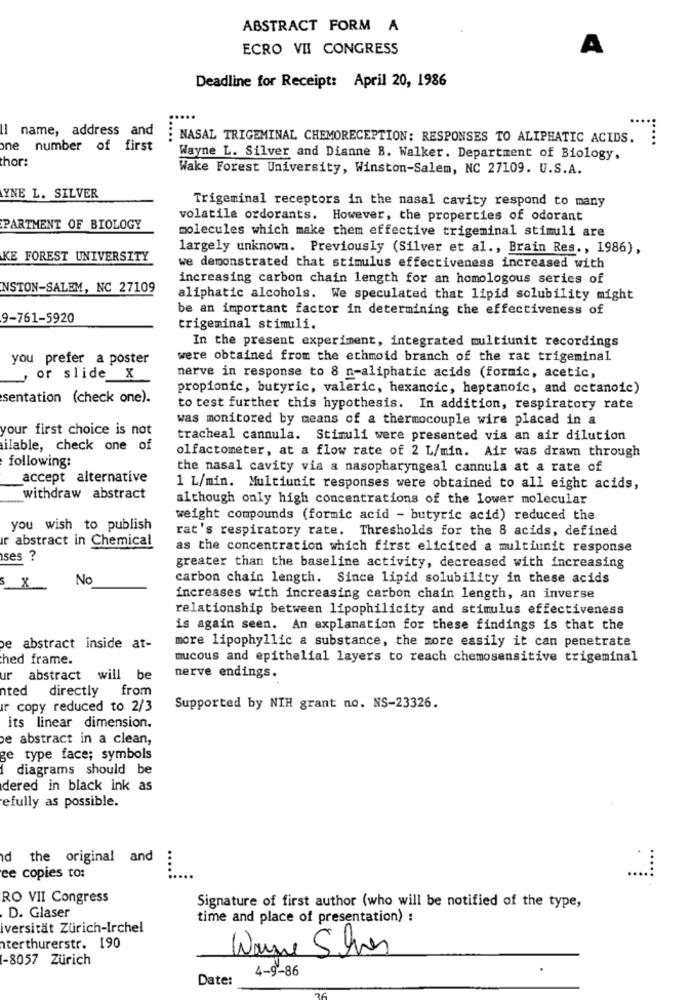
ABSTRACT FORM A
ECRO VII CONGRESS
A
Deadline for Receipt: April 20, 1986
I name, address and
NASAL TRIGEMINAL CHEMORECEPTION: RESPONSES TO ALIPHATIC ACIDS.
....
one number of first
thor:
Wayne L. Silver and Dianne B. Walker. Department of Biology,
Wake Forest University, Winston-Salem, NC 27109. U.S.A.
YNE L. SILVER
Trigeminal receptors in the nasal cavity respond to many
volatile ordorants. However, the properties of odorant
PARTMENT OF BIOLOGY
molecules which make them effective trigeminal stimuli are
largely unknown. Previously (Silver et al ., Brain Res ., 1986),
KE FOREST UNIVERSITY
we demonstrated that stimulus effectiveness increased with
increasing carbon chain length for an homologous series of
NSTON-SALEM, NC 27109
aliphatic alcohols. We speculated that lipid solubility might
be an important factor in determining the effectiveness of
9-761-5920
trigeminal stimuli.
In the present experiment, integrated multiunit recordings
you prefer a poster
were obtained from the ethmoid branch of the rat trigeminal
, or slide x
nerve in response to 8 n-aliphatic acids (formic, acetic,
propionic, butyric, valeric, hexancic, heptanoic, and octanoic)
sentation (check one).
to test further this hypothesis. In addition, respiratory rate
was monitored by means of a thermocouple wire placed in a
your first choice is not
tracheal cannula. Stimuli were presented via an air dilution
ilable, check one of
olfactometer, at a flow rate of 2 L/min. Air was drawn through
following:
the nasal cavity via a nasopharyngeal cannula at a rate of
accept alternative
1 L/min. Multiunit responses were obtained to all eight acids,
withdraw abstract
although only high concentrations of the lower molecular
weight compounds (formic acid - butyric acid) reduced the
you wish to publish
rat's respiratory rate. Thresholds for the 8 acids, defined
Ir abstract in Chemical
as the concentration which first elicited a multiunit response
ses
greater than the baseline activity, decreased with increasing
S x
No
carbon chain length. Since lipid solubility in these acids
increases with increasing carbon chain length, an inverse
relationship between lipophilicity and stimulus effectiveness
is again seen. An explanation for these findings is that the
e abstract inside at-
more lipophyllic a substance, the more easily it can penetrate
hed frame.
mucous and epithelial layers to reach chemosensitive trigeminal
ur abstract will be
nerve endings.
nted
directly
from
Ir copy reduced to 2/3
Supported by NIH grant no. NS-23326.
its linear dimension.
e abstract in a clean,
ge type face; symbols
diagrams should be
dered in black ink as
efully as possible.
d the original and
ee copies to:
RO VII Congress
Signature of first author (who will be notified of the type,
D. Glaser
time and place of presentation) :
iversität Zürich-Irchel
nterthurerstr. 190
Wayne Silver
1-8057 Zürich
4-9-86
Date: